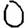
Digit: 0